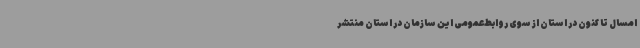
امسال تا کنون در استان از سوی روابط‌عمومی این سازمان در استان منتشر